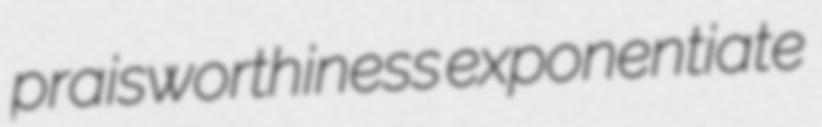
praisworthiness exponentiate